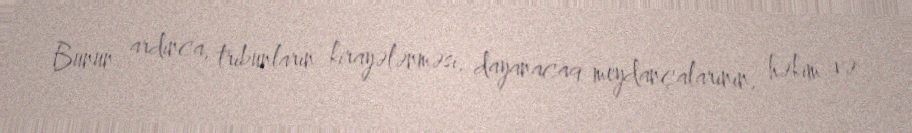
Bunun ardınca, tribunların kirayələnməsi, dayanacaq meydançalarının, həkim və